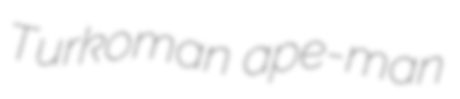
Turkoman ape-man